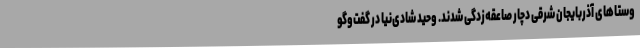
وستاهای آذربایجان شرقی دچار صاعقه‌زدگی شدند. وحید شادی‌نیا در گفت‌وگو